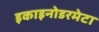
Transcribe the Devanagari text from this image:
इकाइनोडरमेटा